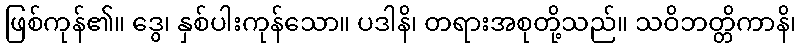
ဖြစ်ကုန်၏။ ဒွေ၊ နှစ်ပါးကုန်သော။ ပဒါနိ၊ တရားအစုတို့သည်။ သဝိဘတ္တိကာနိ၊